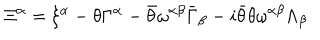
\Xi ^ { \alpha } = \xi ^ { \alpha } - \theta \Gamma ^ { \alpha } - \bar { \theta } \omega ^ { \alpha \beta } \bar { \Gamma } _ { \beta } - i \bar { \theta } \theta \omega ^ { \alpha \beta } \Lambda _ { \beta }